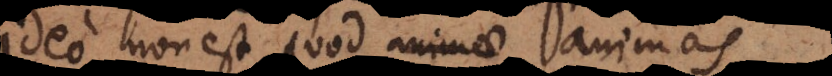
Ideo non est quod animae animas